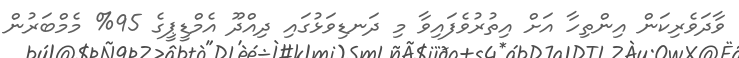
ވާދަވެރިކަން އިންތިހާ އަށް އިތުރުވެފައިވާ މި ދަނޑިވަޅުގައި ދިއްދޫ އެމްޑީޕީގެ 95% މެމްބަރުން